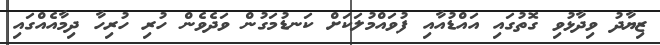
ޒިޔާދު ވިދާޅުވި ގޮތުގައި އައްޑުއާއި ފުވައްމުލަކަށް ކަނޑުމަގުން ވަދެވެން ހުރި ހުރިހާ ދިމާއެއްގައި